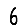
Digit: 6